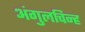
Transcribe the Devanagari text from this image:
अंगुलचिन्ह